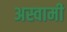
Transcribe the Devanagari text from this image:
अस्वामी